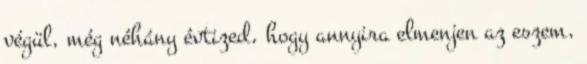
végül, még néhány évtized, hogy annyira elmenjen az eszem,